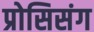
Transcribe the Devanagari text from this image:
प्रोसिसंग